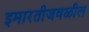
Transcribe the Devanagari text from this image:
इमारतीजवळील